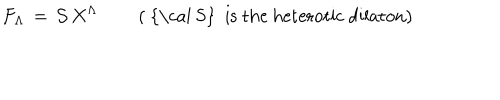
LaTeX: F _ { \Lambda } \, = \, { \cal S } \, X ^ { \Lambda } \quad \quad \left( \mathrm { ~ { \cal ~ S } ~ i s ~ t h e ~ h e t e r o t i c ~ d i l a t o n } \right)